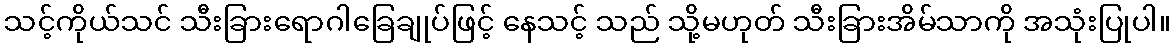
သင့်ကိုယ်သင် သီးခြားရောဂါခြေချုပ်ဖြင့် နေသင့် သည် သို့မဟုတ် သီးခြားအိမ်သာကို အသုံးပြုပါ။